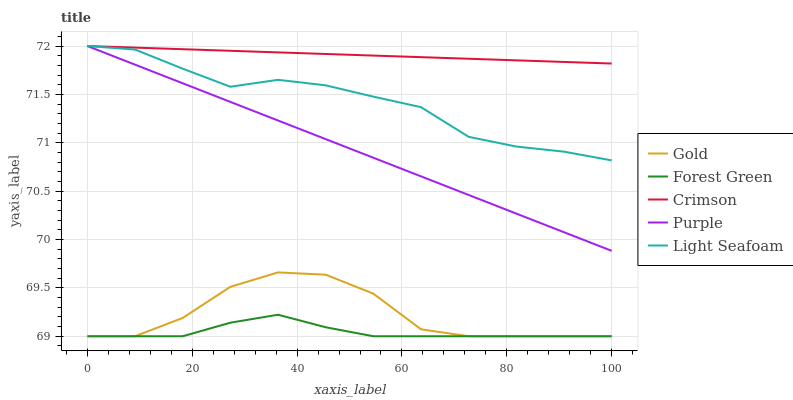
| xaxis_label | Gold | Forest Green | Crimson | Purple | Light Seafoam |
 | --- | --- | --- | --- | --- | --- |
 | 0 | 69 | 69 | 72 | 72 | 72 |
 | 9.09 | 69 | 69 | 72 | 71.8 | 72 |
 | 18.2 | 69.2 | 69 | 72 | 71.6 | 71.8 |
 | 27.3 | 69.5 | 69.1 | 72 | 71.4 | 71.6 |
 | 36.4 | 69.7 | 69.2 | 71.9 | 71.2 | 71.7 |
 | 45.5 | 69.6 | 69.1 | 71.9 | 71 | 71.6 |
 | 54.5 | 69.4 | 69 | 71.9 | 70.8 | 71.5 |
 | 63.6 | 69.1 | 69 | 71.9 | 70.7 | 71.4 |
 | 72.7 | 69 | 69 | 71.9 | 70.5 | 71.1 |
 | 81.8 | 69 | 69 | 71.9 | 70.3 | 71 |
 | 90.9 | 69 | 69 | 71.8 | 70.1 | 70.9 |
 | 100 | 69 | 69 | 71.8 | 69.9 | 70.8 |